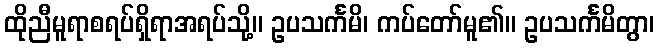
ထိုညီမူရာစရပ်ရှိရာအရပ်သို့။ ဥပသင်္ကမိ၊ ကပ်တော်မူ၏။ ဥပသင်္ကမိတွာ၊